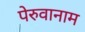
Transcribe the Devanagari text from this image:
पेरुवानाम